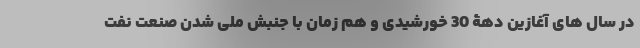
در سال های آغازین دهۀ 30 خورشیدی و هم زمان با جنبش ملی شدن صنعت نفت